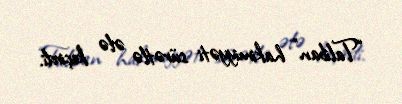
“Taliban” hakimiyyəti sürətlə ələ keçirdi.